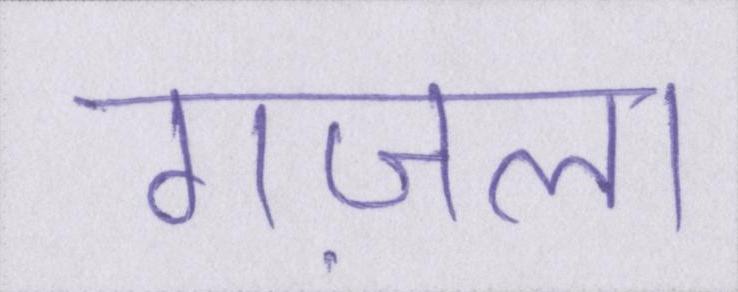
गज़ल।